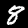
Label: 8